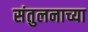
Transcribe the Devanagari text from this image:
संतुलनाच्या